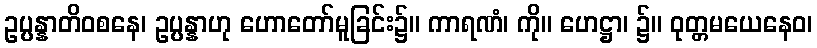
ဥပ္ပန္နာတိဝစနေ၊ ဥပ္ပန္နာဟု ဟောတော်မူခြင်း၌။ ကာရဏံ၊ ကို။ ဟေဋ္ဌာ၊ ၌။ ဝုတ္တမယေနေဝ၊